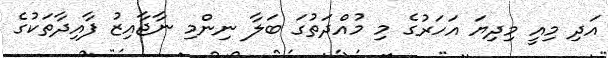
އަދި މިއީ މިދިޔަ އަހަރުގެ މި މުއްދަތުގަ ބަލާ ނިންމި ނާޖާއިޒު ފާއިދާތަކުގެ